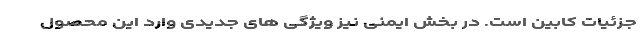
جزئیات کابین است. در بخش ایمنی نیز ویژگی های جدیدی وارد این محصول